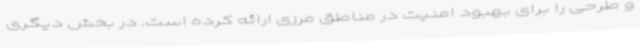
و طرحی را برای بهبود امنیت در مناطق مرزی ارائه کرده است. در بخش دیگری